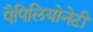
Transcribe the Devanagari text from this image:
पैपिलियोनेटी